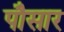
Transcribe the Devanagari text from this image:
पौसार